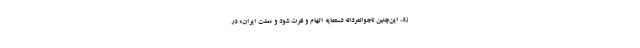
زد، این‌چنین ناجوانمردانه دستمایه اتهام و نفرت شود و «ملت ایران» در